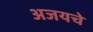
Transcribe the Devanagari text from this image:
अजयचे